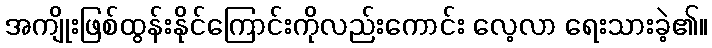
အကျိုးဖြစ်ထွန်းနိုင်ကြောင်းကိုလည်းကောင်း လေ့လာ ရေးသားခဲ့၏။